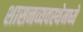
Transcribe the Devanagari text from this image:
शासनव्यवस्थेमध्ये